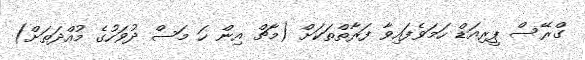
ގްރޭސް ޕީރިއަޑް ހަމަވެފައިވާ ފަރާތްތަކަށް (މާޗް އިން ހަ މަސް ދުވަހުގެ މުއްދަތަށް)